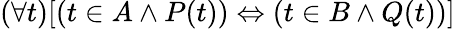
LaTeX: (\forall t)[(t\in A\land P(t))\Leftrightarrow(t\in B\land Q(t))]